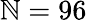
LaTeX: \mathbb{N}=96